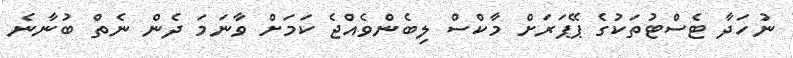
ނުހަދާ ޓެސްޓުތަކުގެ ޕޭޕަރަށް މާކްސް ލިބެންވެއްޖެ ކަމަށް ވާނަމަ ދެން ނެތް ބުނާނެ